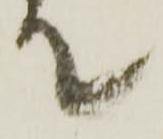
て